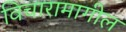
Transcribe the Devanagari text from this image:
विचारामागील